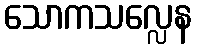
သောကသလ္လေန